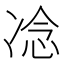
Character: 𪞤